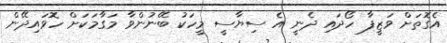
އެގޮތަށް ވަޒީފާ ހޯދައި ދެނީ އެ ސިޔާސީ މީހަކު ބޭނުންވާ މަގާމަކަށް ހޮވައިދޭން